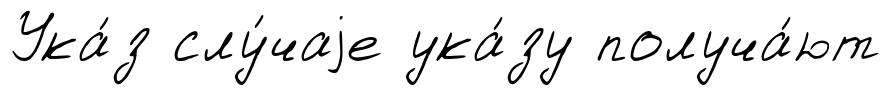
Ука́з слу́чаjе ука́зу получа́ют